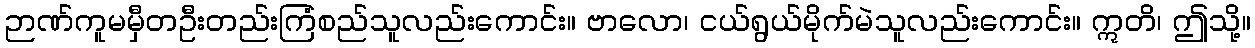
ဉာဏ်ကူမမှီတဦးတည်းကြံစည်သူလည်းကောင်း။ ဗာလော၊ ငယ်ရွယ်မိုက်မဲသူလည်းကောင်း။ ဣတိ၊ ဤသို့။